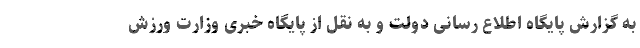
به گزارش پایگاه اطلاع رسانی دولت و به نقل از پایگاه خبری وزارت ورزش